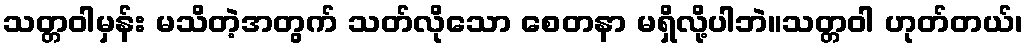
သတ္တဝါမှန်း မသိတဲ့အတွက် သတ်လိုသော စေတနာ မရှိလို့ပါဘဲ။သတ္တဝါ ဟုတ်တယ်၊